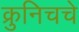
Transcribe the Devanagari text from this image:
क्रुनिचचे